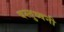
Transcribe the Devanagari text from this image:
वस्तुध्वनी